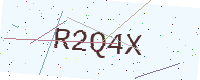
Text: R2Q4X